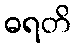
ဓရတိ